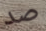
صد